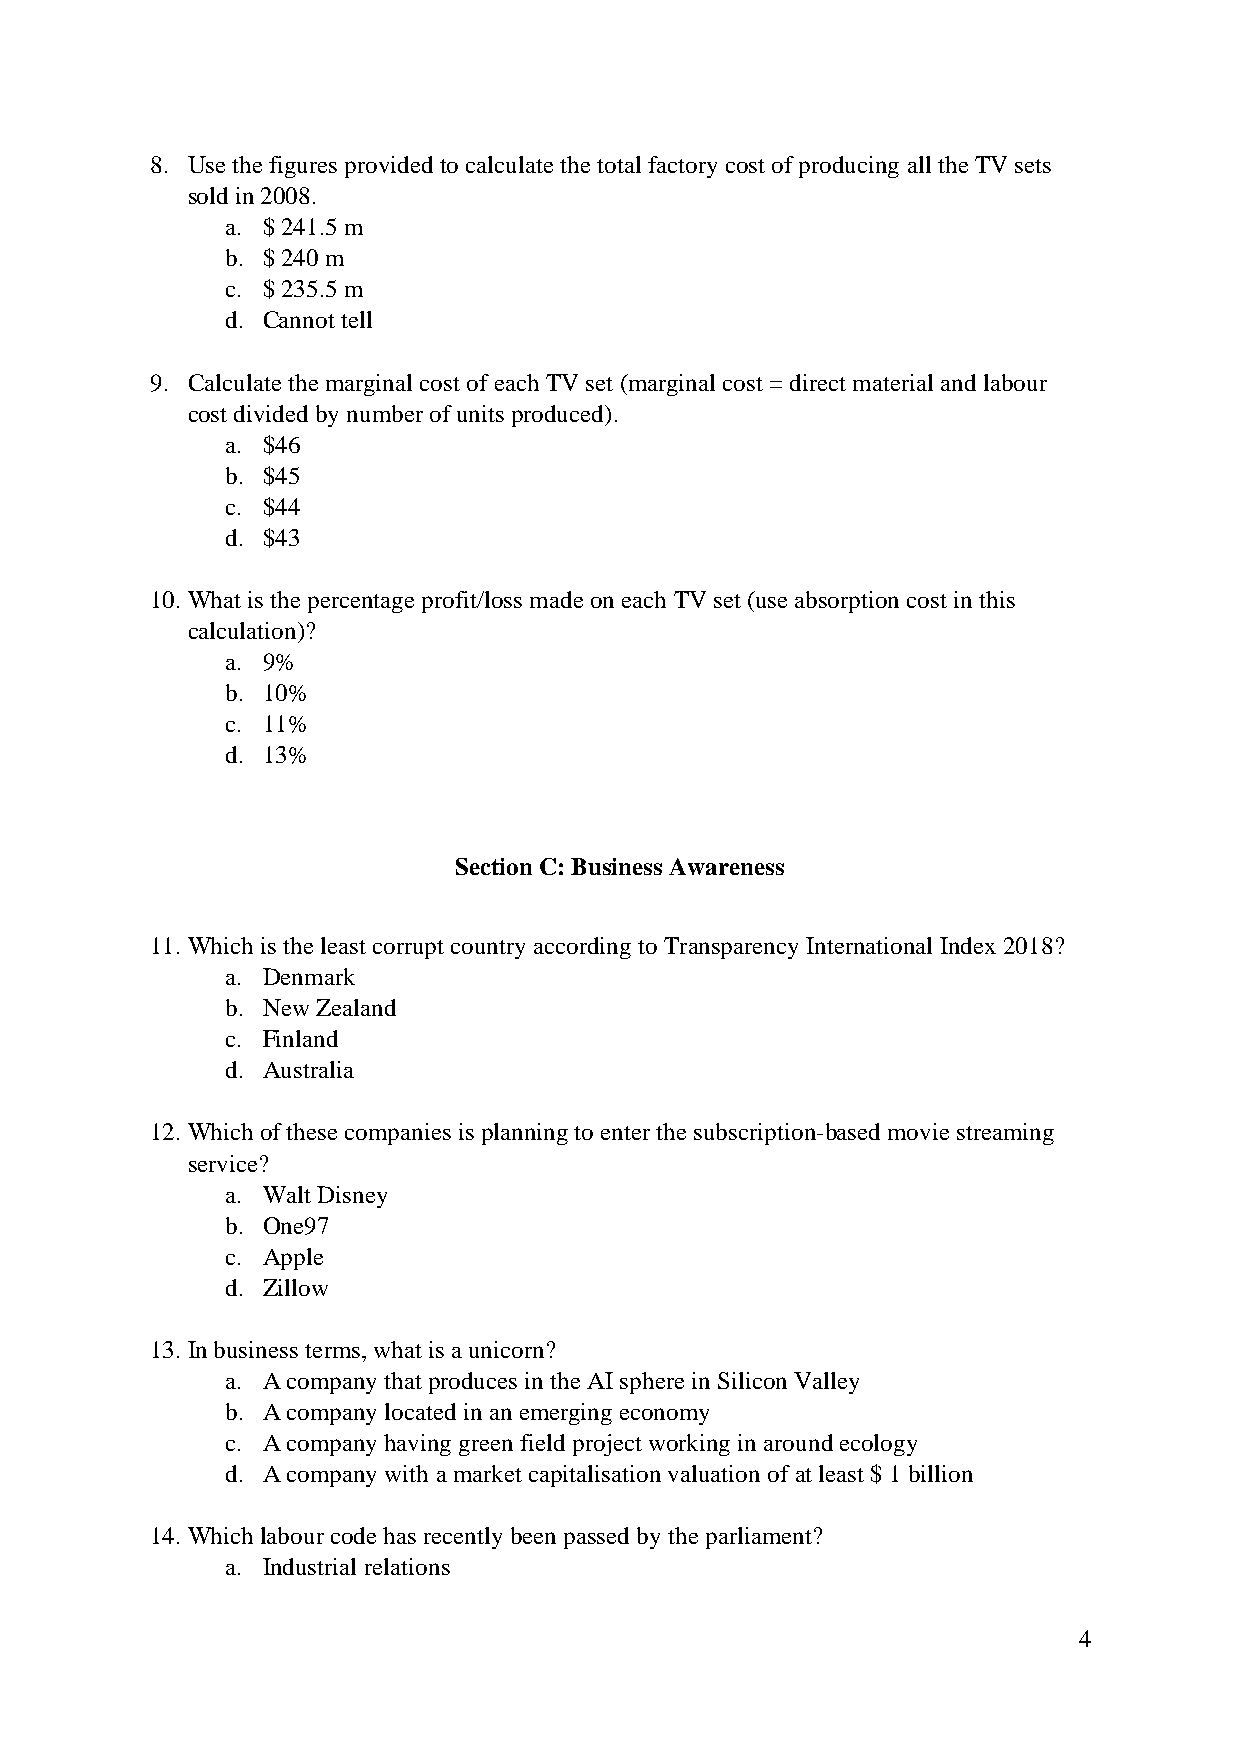
8. Use the figures provided to calculate the total factory cost of producing all the TV sets
 sold in 2008.
 a. $ 241.5 m
 b. $ 240 m
 c. $ 235.5 m
 d. Cannot tell
 9. Calculate the marginal cost of each TV set (marginal cost = direct material and labour
 cost divided by number of units produced).
 a. $46
 b. $45
 c. $44
 d. $43
 10. What is the percentage profit/loss made on each TV set (use absorption cost in this
 calculation)?
 a. 9%
 b. 10%
 c. 11%
 d. 13%
 Section C: Business Awareness
 11. Which is the least corrupt country according to Transparency International Index 2018?
 a. Denmark
 b. New Zealand
 c. Finland
 d. Australia
 12. Which of these companies is planning to enter the subscription-based movie streaming
 service?
 a. Walt Disney
 b. One97
 c. Apple
 d. Zillow
 13. In business terms, what is a unicorn?
 a. A company that produces in the AI sphere in Silicon Valley
 b. A company located in an emerging economy
 c. A company having green field project working in around ecology
 d. A company with a market capitalisation valuation of at least $ 1 billion
 14. Which labour code has recently been passed by the parliament?
 a. Industrial relations
 4